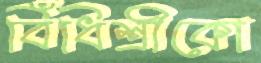
বিঁধিশ্রীকো